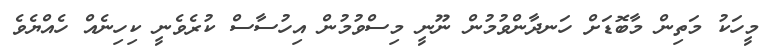
މީހަކު މަތިން މާބޮޑަށް ހަނދާންވުމުން ނޫނީ މިސްވުމުން އިހުސާސް ކުރެވެނީ ކިހިނެއް ހެއްޔެވެ